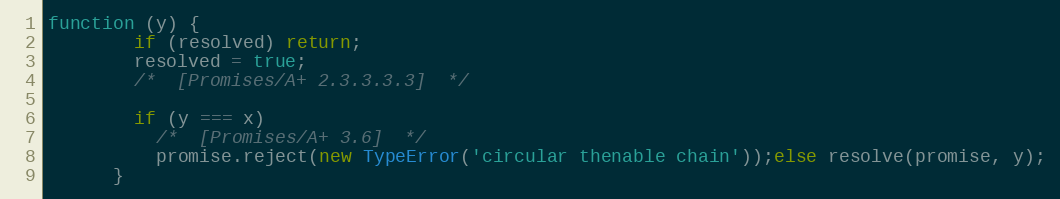
Language: JavaScript
function (y) {
        if (resolved) return;
        resolved = true;
        /*  [Promises/A+ 2.3.3.3.3]  */

        if (y === x)
          /*  [Promises/A+ 3.6]  */
          promise.reject(new TypeError('circular thenable chain'));else resolve(promise, y);
      }